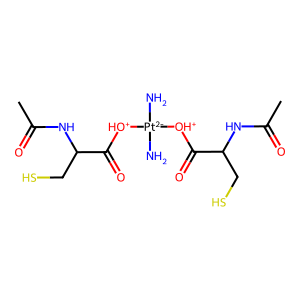
SMILES: CC(=O)NC(CS)C(=O)[OH+][Pt-2](N)(N)[OH+]C(=O)C(CS)NC(C)=O
Inhibits HIV replication: No